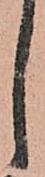
し